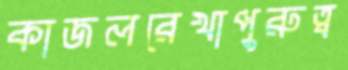
কাজলরেখাপুরুত্ব